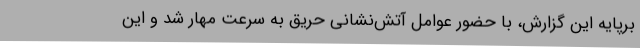
برپایه این گزارش، با حضور عوامل آتش‌نشانی حریق به سرعت مهار شد و این